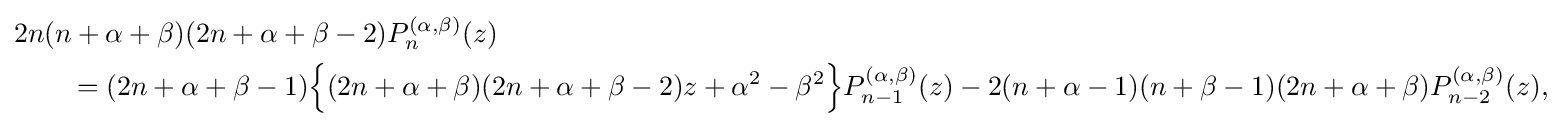
{\begin{aligned}&2n(n+\alpha +\beta )(2n+\alpha +\beta -2)P_{n}^{(\alpha ,\beta )}(z)\\&\qquad =(2n+\alpha +\beta -1){\Big \{}(2n+\alpha +\beta )(2n+\alpha +\beta -2)z+\alpha ^{2}-\beta ^{2}{\Big \}}P_{n-1}^{(\alpha ,\beta )}(z)-2(n+\alpha -1)(n+\beta -1)(2n+\alpha +\beta )P_{n-2}^{(\alpha ,\beta )}(z),\end{aligned}}